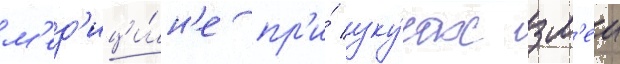
м'ед'ици́н'е пр'и́ уку́сах зм'еи